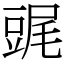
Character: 䜸